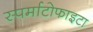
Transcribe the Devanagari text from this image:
स्पर्माटोफाइटा